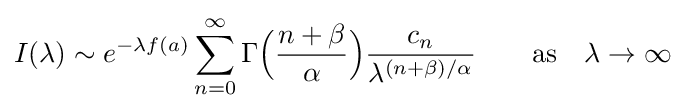
I(\lambda )\sim e^{-\lambda f(a)}\sum _{n=0}^{\infty }\Gamma {\Big (}{\frac {n+\beta }{\alpha }}{\Big )}{\frac {c_{n}}{\lambda ^{(n+\beta )/\alpha }}}\qquad {\text{as}}\quad \lambda \rightarrow \infty